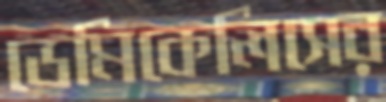
ডেমিকেলিসের